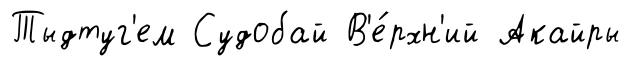
Тыдтуг'ем Судобай В'е́рхн'ий Акайры